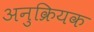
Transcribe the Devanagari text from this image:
अनुक्रियक